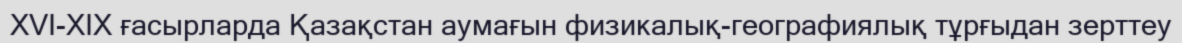
XVI-XIX ғасырларда Қазақстан аумағын физикалық-географиялық тұрғыдан зерттеу